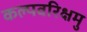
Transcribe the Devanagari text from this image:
कल्पवरिक्षमु